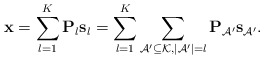
\begin{align*}\mathbf{{x}}=\sum_{l=1}^{K}\mathbf{{P}}_{{l}}\mathbf{{s}}_{{l}}=\sum_{l=1}^{K}\sum_{\mathcal{A}'\subseteq\mathcal{K},|\mathcal{A}'|=l}\mathbf{{P}}_{\mathcal{A}'}{\mathbf{s}}_{\mathcal{A}'}.\end{align*}